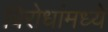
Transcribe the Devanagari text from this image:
विरोधांमध्ये